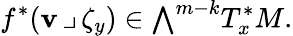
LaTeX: f^{*}(\mathbf{v}\, \lrcorner\, \zeta_{y})\in{\textstyle\bigwedge}^{m-k}T_{x}^{*}M.